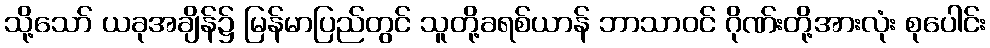
သို့သော် ယခုအချိန်၌ မြန်မာပြည်တွင် သူတို့ခရစ်ယာန် ဘာသာဝင် ဂိုဏ်းတို့အားလုံး စုပေါင်း